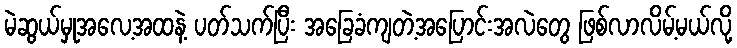
မဲဆွယ်မှုအလေ့အထနဲ့ ပတ်သက်ပြီး အခြေခံကျတဲ့အပြောင်းအလဲတွေ ဖြစ်လာလိမ့်မယ်လို့